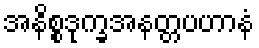
အနိစ္စဒုက္ခအနတ္တပဟာနံ